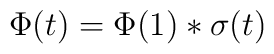
\Phi(t) = \Phi(1) * \sigma(t)